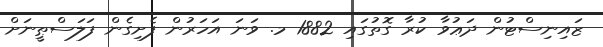
ޒައިނިސްޓުން ދަޢުވާ ކުރާ ގޮތުގައި 1882 މ. ވަނަ އަހަރުން ފެށިގެން ފަލަސްޠީނަށް